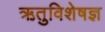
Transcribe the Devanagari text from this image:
ऋतुविशेषज्ञ